Civil Veterinary Department. United Provinces 1932-42 - 1932-1942
Year: 1932
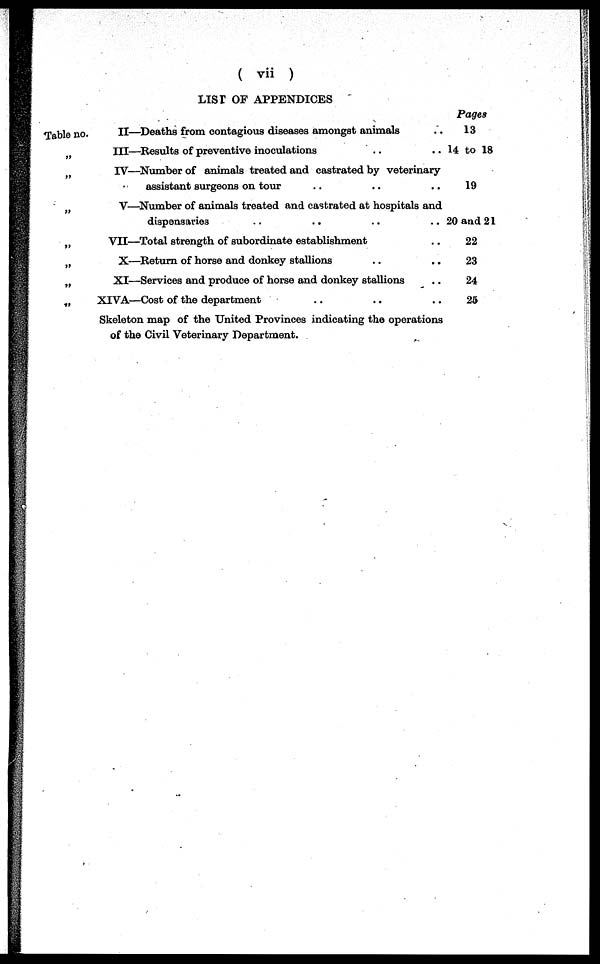
( vii )
LIST OF APPENDICES
Table no.
„
„
„
„
„
„
„
II—Deaths from contagious diseases amongst animals ..
III—Results of preventive inoculations .. ..
IV—Number of animals treated and castrated by veterinary
assistant surgeons on tour .. .. ..
V—Number of animals treated and castrated at hospitals and
dispensaries .. .. ..
VII—Total strength of subordinate establishment ..
X—Return of horse and donkey stallions .. ..
XI—Services and produce of horse and donkey stallions ..
XTVA—Cost of the department .. .. ..
Skeleton map of the United Provinces indicating the operations
of the Civil Veterinary Department.
Pages
13
14 to 18
19
20 and 21
22
23
24
25